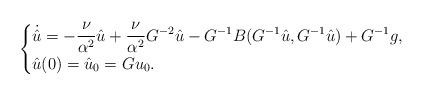
LaTeX: \begin{align*}\begin{cases}\displaystyle\dot{\hat{u}}=-\frac{\nu}{\alpha^2}\hat{u}+\frac{\nu}{\alpha^2}G^{-2}\hat{u}-G^{-1}B(G^{-1}\hat{u},G^{-1}\hat{u})+G^{-1}g,\\\hat{u}(0)=\hat{u}_0=Gu_0.\end{cases}\end{align*}